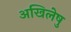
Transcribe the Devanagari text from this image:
अखिलेषु